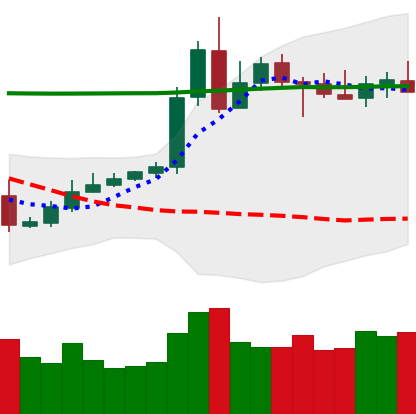
Ticker: XRP-USD
Chart end date: 2020-05-09
Forward return: -6.35%
Label: down_5_7